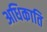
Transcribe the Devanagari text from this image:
अधिकाति